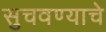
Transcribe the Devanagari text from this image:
सुचवण्याचे